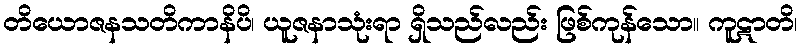
တိယောဇနသတိကာနိပိ၊ ယူဇနာသုံးရာ ရှိသည်လည်း ဖြစ်ကုန်သော။ ကူဋာတိ၊